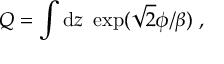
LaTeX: Q = \int \mathrm { d } z \ \exp ( \sqrt 2 \phi / \beta ) \ ,